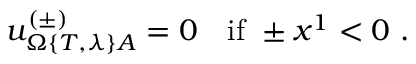
u _ { \Omega \{ T , \lambda \} A } ^ { ( \pm ) } = 0 \quad \mathrm { i f ~ } \pm x ^ { 1 } < 0 \ .